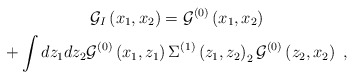
\begin{gather*}\mathcal{G}_{I}\left( {{x}_{1}},{{x}_{2}}\right) ={{\mathcal{G}}^{\left(0\right) }}\left( {{x}_{1}},{{x}_{2}}\right) \\+\int dz_{1}dz_{2}{{\mathcal{G}}^{\left( 0\right) }}\left( {{x}_{1}},{z_{1}}\right) \Sigma ^{\left( 1\right) }\left( {z_{1}},{z_{2}}\right) _{2}{{\mathcal{G}}^{\left( 0\right) }}\left( {z_{2}},x{_{2}}\right) \;,\end{gather*}